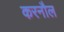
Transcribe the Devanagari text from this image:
करनौल